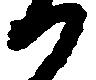
か